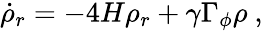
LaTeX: \dot{\rho}_{r}=-4H\rho_{r}+\gamma\Gamma_{\phi}\rho~,